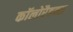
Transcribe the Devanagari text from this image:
कॉलोरैडन्स